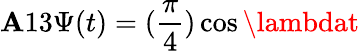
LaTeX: \mathbf{A}13\Psi(t)=(\frac{{\pi}}{{4}})\cos\lambdat